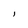
Character: l